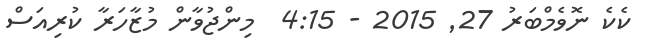
ކެކެ ނޮވެމްބަރު 27